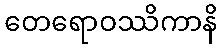
တေရောဝဿိကာနိ